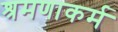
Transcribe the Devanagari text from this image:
श्रमणाकर्म